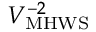
\ensuremath { V _ { \mathrm { M H W S } } } ^ { - 2 }